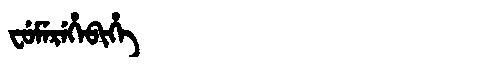
Manchu: ᠸᡠᠮᡝᡵᡝᡥᡝᠪᡳᡥᡝ
Romanization: FUMEREHEBIHE